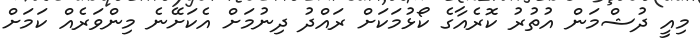
މިއީ ދުޝްމަން އުތުރު ކޮރެއާގެ ކޯޅުމަކަށް ރައްދު ދިނުމަށް އެކަށޭނެ މިންވަރެއް ކަމަށް